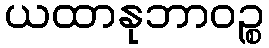
ယထာနုဘာဝဉ္စ